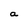
Character: a